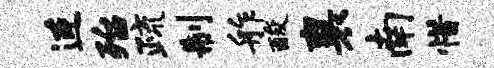
连殆疏制舴酸襄南惜